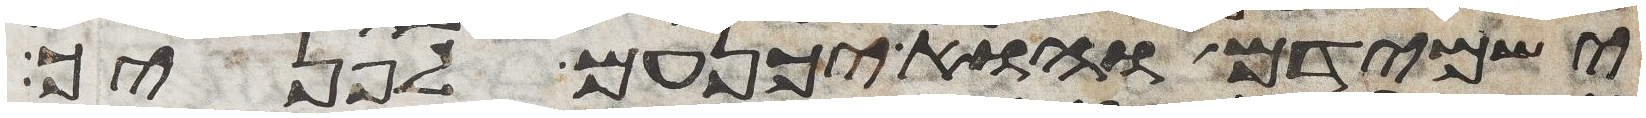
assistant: ישמידם והוא יכנעם לפניך